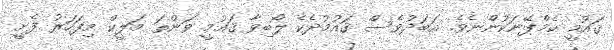
ޤައުމީ ކެމްޕޭނަކުންނެވެ. އަބަދުވެސް ޤައުމުދެކެ ލޯބިވާ ޤައުމީ ވަންތަ މަލީކް މިފަހަރު ފެށީ